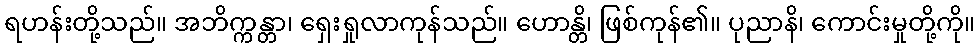
ရဟန်းတို့သည်။ အဘိက္ကန္တာ၊ ရှေးရှုလာကုန်သည်။ ဟောန္တိ၊ ဖြစ်ကုန်၏။ ပုညာနိ၊ ကောင်းမှုတို့ကို။